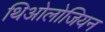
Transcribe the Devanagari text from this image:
थिओलोजियन